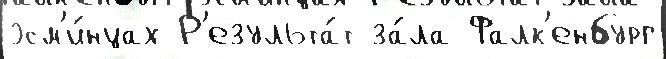
эсм'и́нцах Р'езульта́т за́ла Фалк'енбург